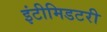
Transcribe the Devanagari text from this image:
इंटीमिडटरी